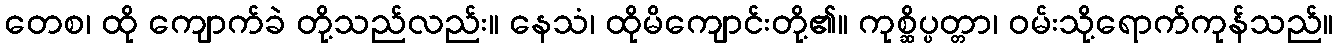
တေစ၊ ထို ကျောက်ခဲ တို့သည်လည်း။ နေသံ၊ ထိုမိကျောင်းတို့၏။ ကုစ္ဆိပ္ပတ္တာ၊ ဝမ်းသို့ရောက်ကုန်သည်။